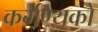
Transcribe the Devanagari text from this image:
कर्मण्यकों